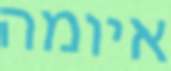
איומה